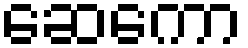
ဆေကော